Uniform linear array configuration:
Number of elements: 12
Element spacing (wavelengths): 0.5
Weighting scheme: kaiser
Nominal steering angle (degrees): -60
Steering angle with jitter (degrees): -60.653
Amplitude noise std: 0.05
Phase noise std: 0.05

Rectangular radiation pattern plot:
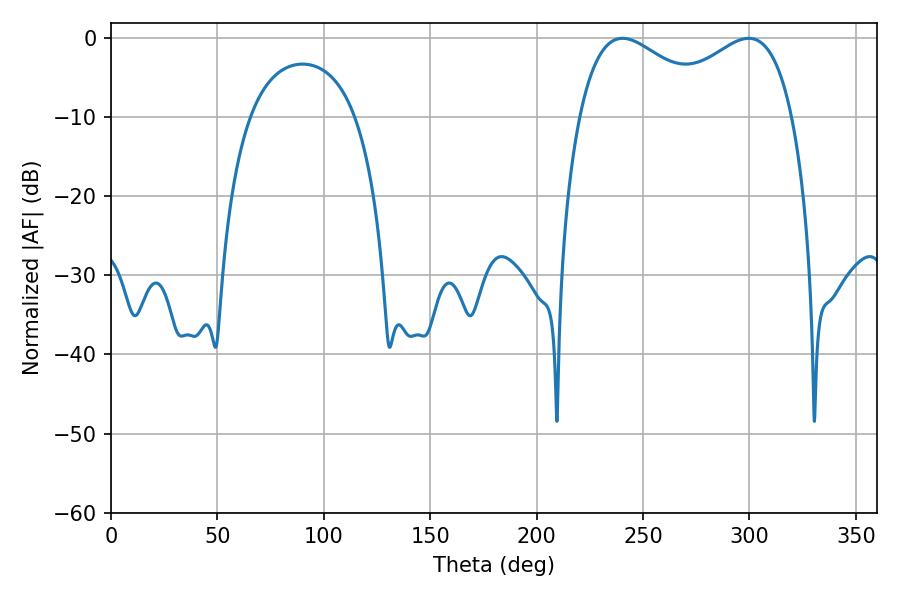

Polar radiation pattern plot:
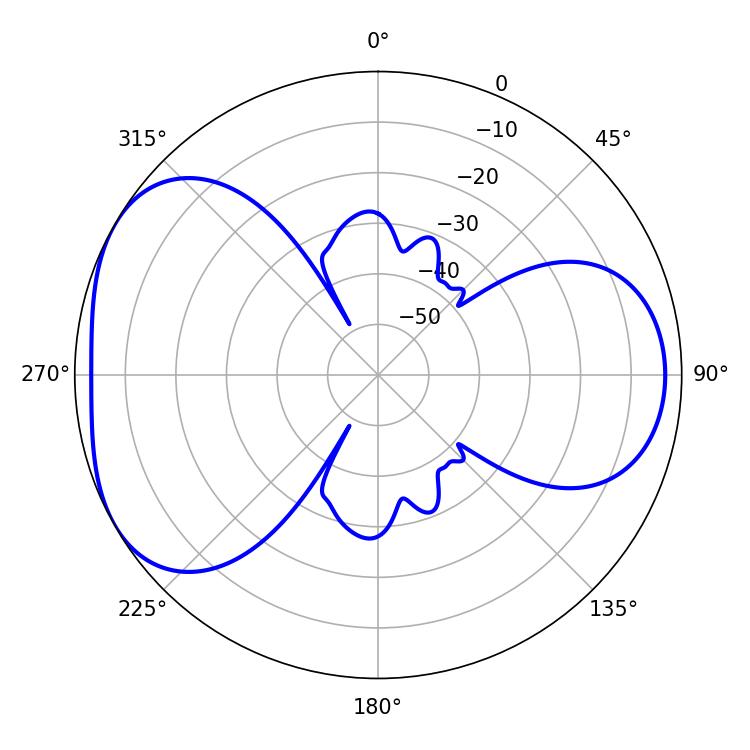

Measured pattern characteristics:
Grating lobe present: FALSE
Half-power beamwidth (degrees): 36.18
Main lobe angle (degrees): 240.3